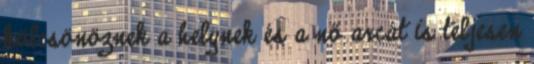
kölcsönöznek a helynek és a nő arcát is teljesen